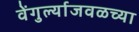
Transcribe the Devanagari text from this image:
वेंगुर्ल्याजवळच्या